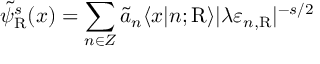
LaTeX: \tilde { \psi } _ { \mathrm { R } } ^ { s } ( x ) = \sum _ { n \in \cal Z } \tilde { a } _ { n } \langle x | n ; \mathrm { R } \rangle | \lambda \varepsilon _ { n , \mathrm { R } } | ^ { - s / 2 }